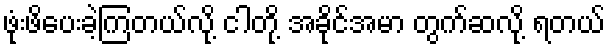
ဖုံးဖိပေးခဲ့ကြတယ်လို့ ငါတို့ အခိုင်အမာ တွက်ဆလို့ ရတယ်